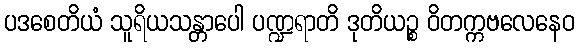
ပဒစေတိယံ သူရိယသန္တာပေါ ပဏ္ဍရာတိ ဒုတိယဉ္စ ဝိတက္ကဗလေနေဝ